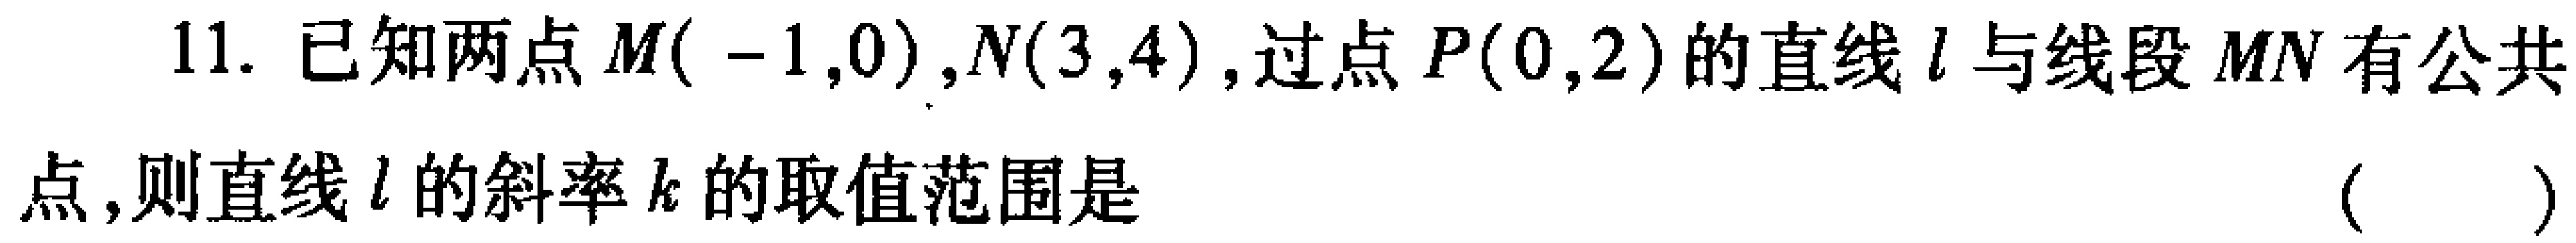
11. 已知两点$M(-1,0),N(3,4)$，过点$P(0,2)$的直线$l$与线段$MN$有公共
点，则直线$l$的斜率$k$的取值范围是 （  ）